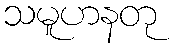
သမူဟနတု